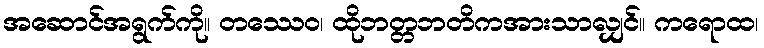
အဆောင်အရွက်ကို။ တဿေဝ၊ ထိုဘတ္တဘတိကအားသာလျှင်။ ကရောထ၊